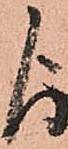
よ